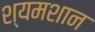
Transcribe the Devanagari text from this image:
श्यमशान